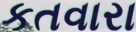
કતવારા